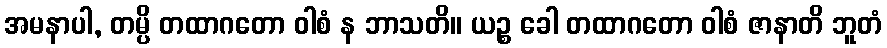
အမနာပါ, တမ္ပိ တထာဂတော ဝါစံ န ဘာသတိ။ ယဉ္စ ခေါ တထာဂတော ဝါစံ ဇာနာတိ ဘူတံ